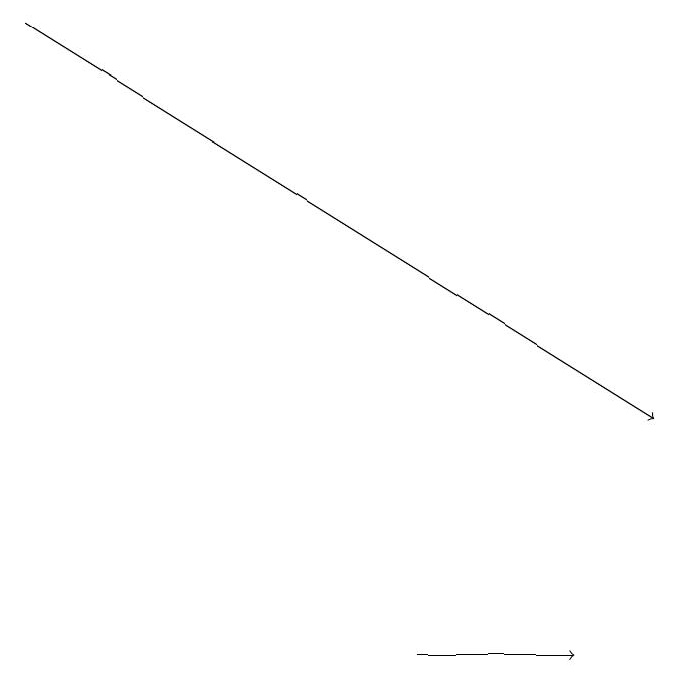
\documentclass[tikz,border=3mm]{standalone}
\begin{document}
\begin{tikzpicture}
\draw (5,15) rectangle (5,15);
\draw[->] (0,19) -- (8,14);
\draw[->] (5,11) -- (7,11);
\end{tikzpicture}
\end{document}